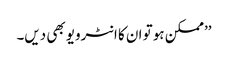
’’ممکن ہو تو ان کا انٹرویو بھی دیں۔